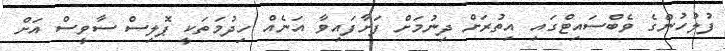
ފުލުހުންގެ ވެބްސައިޓްގައި އިތުރަށް ދިނުމަށް ފަށާފައިވާ އަނެއް ހިދުމަތަކީ ޕޮލިސް ސާވީސް އަށް